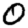
Digit: 0